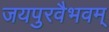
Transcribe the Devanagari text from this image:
जयपुरवैभवम्